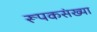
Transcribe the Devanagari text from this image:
रूपकसंख्या